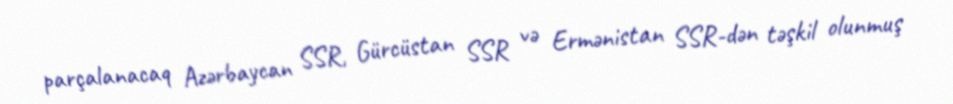
parçalanacaq Azərbaycan SSR, Gürcüstan SSR və Ermənistan SSR-dən təşkil olunmuş